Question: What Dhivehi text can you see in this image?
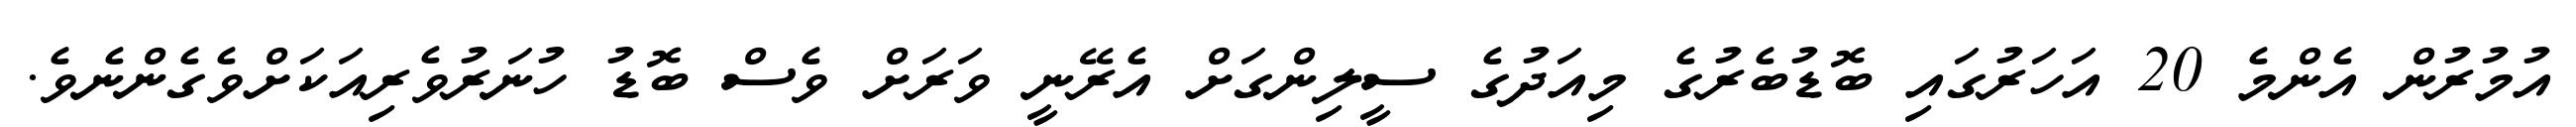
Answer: އުމުރުން އެންމެ 20 އަހަރުގައި ބޮޑުބެރުގެ މިއަދުގެ ސީލިންގަށް އެރޭނީ ވަރަށް ވެސް ބޮޑު ހުނަރުވެރިއަކަށްވެގެންނެވެ.